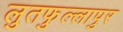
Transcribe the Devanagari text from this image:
लुतफुल्लापुर